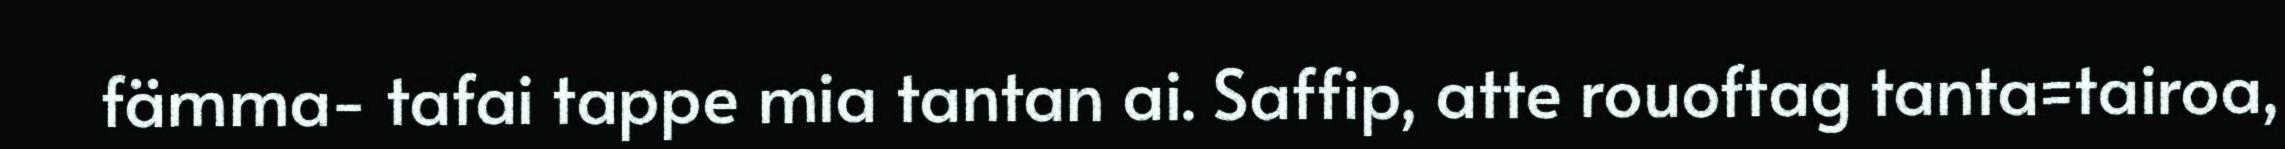
fämma- tafai tappe mia tantan ai. Saffip, atte rouoftag tanta=tairoa,